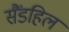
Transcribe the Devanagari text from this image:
सैंडहिल